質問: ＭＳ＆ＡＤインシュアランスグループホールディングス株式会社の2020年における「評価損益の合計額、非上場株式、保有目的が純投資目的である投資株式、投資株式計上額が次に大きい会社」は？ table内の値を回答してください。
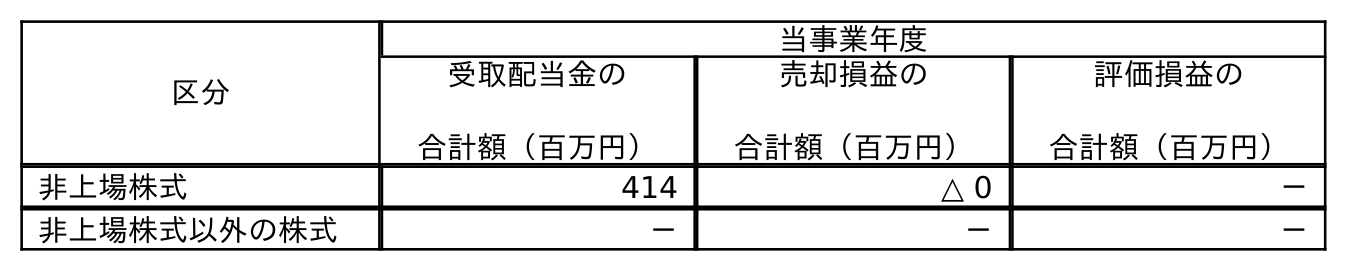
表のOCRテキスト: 区分 当事業年度 受取配当金の 合計額（百万円） 売却損益の 合計額（百万円） 評価損益の 合計額（百万円） 非上場株式 414 △ 0 － 非上場株式以外の株式 － － －
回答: －